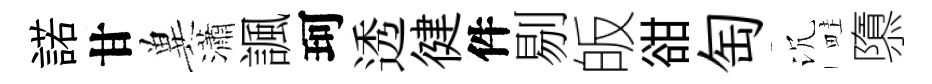
諾甘兾瀟諷珂透徤件剔皈𧮳匋沉畦隳